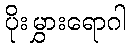
ပိုးမွှားရောဂါ